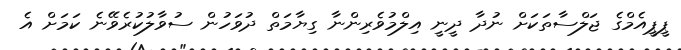
ޕީޕީއެމްގެ ޖަލްސާތަކަށް ނުދާ ދީނީ އިލްމުވެރިންނާ ގިޔާމަތް ދުވަހުން ސުވާލުކުރެވޭނެ ކަމަށް އެ